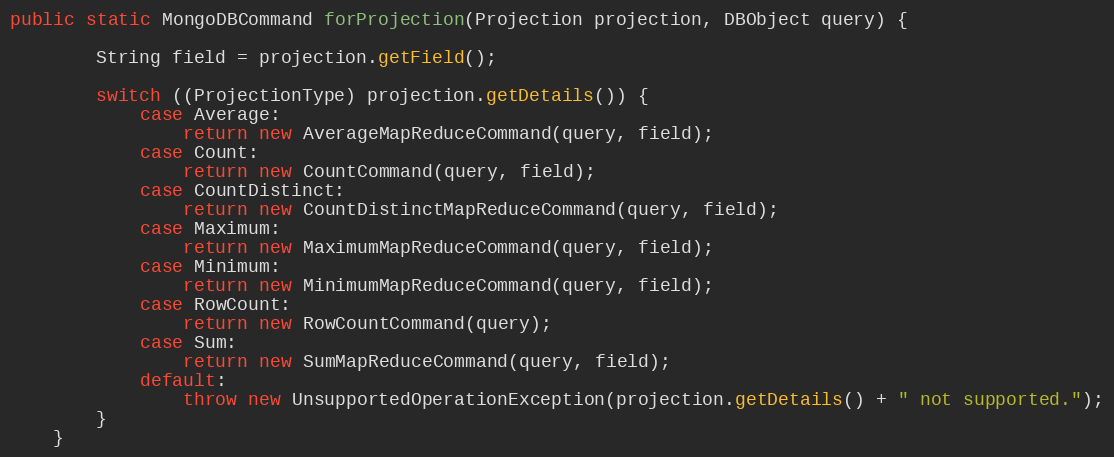
Language: Java
public static MongoDBCommand forProjection(Projection projection, DBObject query) {

        String field = projection.getField();

        switch ((ProjectionType) projection.getDetails()) {
            case Average:
                return new AverageMapReduceCommand(query, field);
            case Count:
                return new CountCommand(query, field);
            case CountDistinct:
                return new CountDistinctMapReduceCommand(query, field);
            case Maximum:
                return new MaximumMapReduceCommand(query, field);
            case Minimum:
                return new MinimumMapReduceCommand(query, field);
            case RowCount:
                return new RowCountCommand(query);
            case Sum:
                return new SumMapReduceCommand(query, field);
            default:
                throw new UnsupportedOperationException(projection.getDetails() + " not supported.");
        }
    }